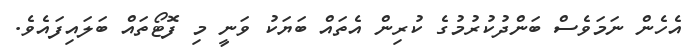
އެހެން ނަމަވެސް ބަންދުކުރުމުގެ ކުރިން އެތައް ބަޔަކު ވަނީ މި ފޮޓޯތައް ބަލައިފައެވެ.